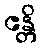
ဧန္တိ